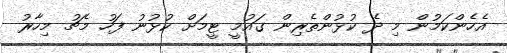
އެހެންކަމުން މި ދެ ކުޅުންތެރިން ގައުމީ ޓީމަށް ކުޅުނު ފަހު މެޗު މިހާރު